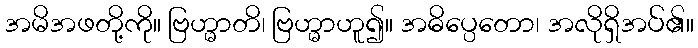
အမိအဖတို့ကို။ ဗြဟ္မာတိ၊ ဗြဟ္မာဟူ၍။ အဓိပ္ပေတော၊ အလိုရှိအပ်၏။